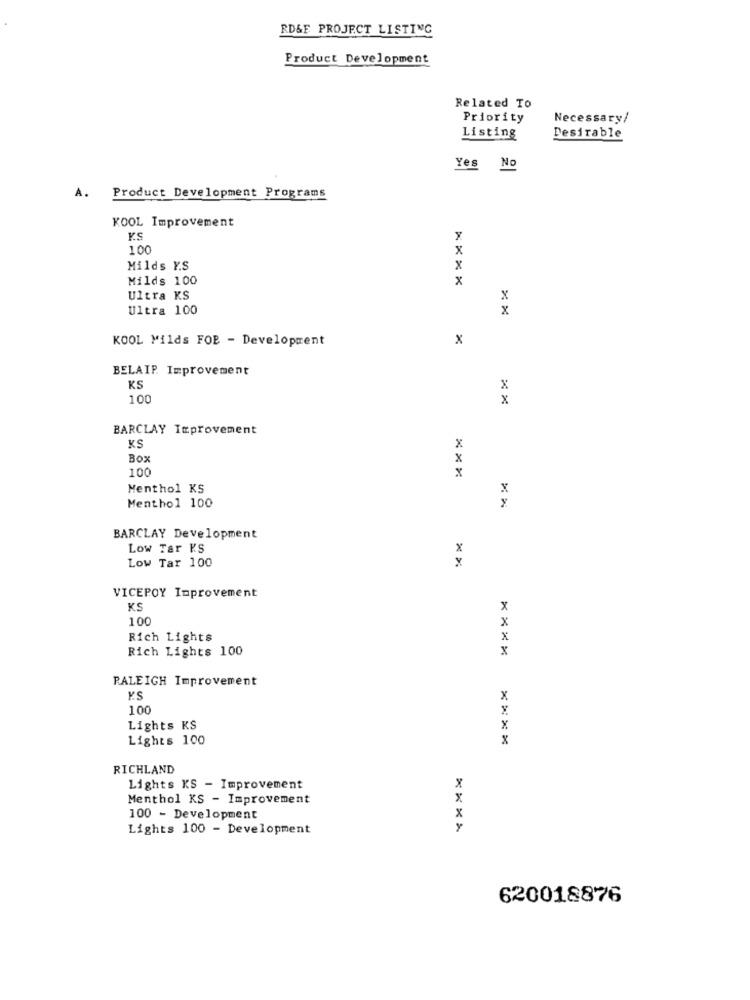
RD&F PROJECT LISTING
Product Development
Related To
Priority
Necessary/
Listing
Desirable
Yes No
A.
Product Development Programs
KOOL Improvement
100
x
Milds Y.S
X
Milds 100
x
Ultra KS
x
Ultra 100
x
KOOL Milds FOR - Development
x
BELAIP. Improvement
KS
x
100
x
BARCLAY Improvement
KS
x
Box
X
100
8
Menthol KS
X
Menthol 100
BARCLAY Development
Low Tar KS
x
Low Tar 100
VICEPOY Improvement
KS
x
100
X
Rich Lights
x
Rich Lights 100
x
RALEIGH Improvement
Y.S
x
100
Lights KS
x
Lights 100
x
RICHLAND
Lights KS - Improvement
Menthol KS - Improvement
100 - Development
Lights 100 - Development
****
620018876